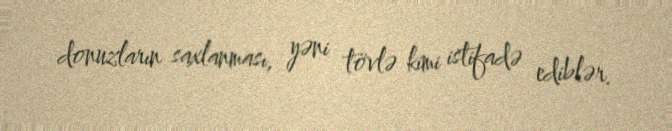
donuzların saxlanması, yəni tövlə kimi istifadə ediblər.